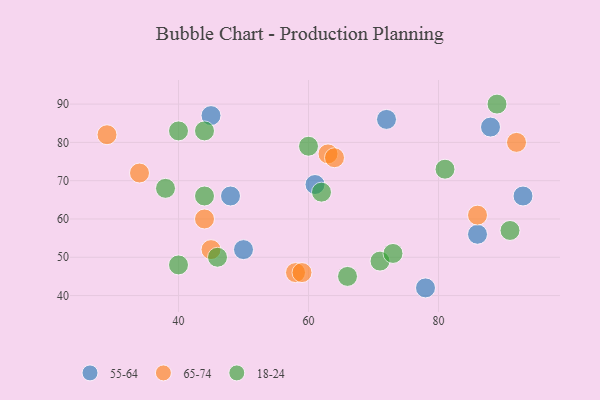
{"axis": {"x": "GDP", "y": "Life Expectancy"}, "legend": ["18-24", "55-64", "65-74"], "data": [{"x": "78", "y": 42, "type": "55-64"}, {"x": "72", "y": 86, "type": "55-64"}, {"x": "88", "y": 84, "type": "55-64"}, {"x": "86", "y": 56, "type": "55-64"}, {"x": "48", "y": 66, "type": "55-64"}, {"x": "45", "y": 87, "type": "55-64"}, {"x": "93", "y": 66, "type": "55-64"}, {"x": "50", "y": 52, "type": "55-64"}, {"x": "61", "y": 69, "type": "55-64"}, {"x": "44", "y": 60, "type": "65-74"}, {"x": "63", "y": 77, "type": "65-74"}, {"x": "64", "y": 76, "type": "65-74"}, {"x": "92", "y": 80, "type": "65-74"}, {"x": "58", "y": 46, "type": "65-74"}, {"x": "59", "y": 46, "type": "65-74"}, {"x": "45", "y": 52, "type": "65-74"}, {"x": "86", "y": 61, "type": "65-74"}, {"x": "34", "y": 72, "type": "65-74"}, {"x": "29", "y": 82, "type": "65-74"}, {"x": "71", "y": 49, "type": "18-24"}, {"x": "44", "y": 66, "type": "18-24"}, {"x": "46", "y": 50, "type": "18-24"}, {"x": "89", "y": 90, "type": "18-24"}, {"x": "40", "y": 48, "type": "18-24"}, {"x": "81", "y": 73, "type": "18-24"}, {"x": "44", "y": 83, "type": "18-24"}, {"x": "38", "y": 68, "type": "18-24"}, {"x": "62", "y": 67, "type": "18-24"}, {"x": "60", "y": 79, "type": "18-24"}, {"x": "40", "y": 83, "type": "18-24"}, {"x": "73", "y": 51, "type": "18-24"}, {"x": "91", "y": 57, "type": "18-24"}, {"x": "66", "y": 45, "type": "18-24"}]}